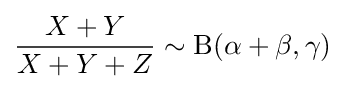
{\frac {X+Y}{X+Y+Z}}\sim \mathrm {B} (\alpha +\beta ,\gamma )